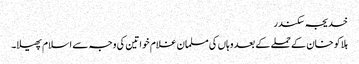
خدیجہ سکندر
ہلاکو خان کے حملے کے بعد وہاں کی مسلمان غلام خواتین کی وجہ سے اسلام پھیلا۔